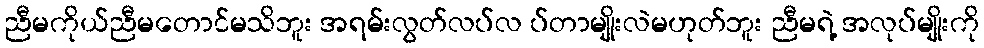
ညီမကိုယ်ညီမတောင်မသိဘူး အရမ်းလွတ်လပ်လ ပ်တာမျိုးလဲမဟုတ်ဘူး ညီမရဲ့ အလုပ်မျိုးကို